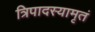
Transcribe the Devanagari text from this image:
त्रिपादस्यामृतं